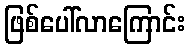
ဖြစ်ပေါ်လာကြောင်း